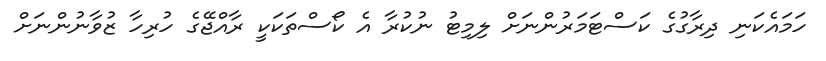
ހަމައެކަނި ދިރާގުގެ ކަސްޓަމަރުންނަށް ލިމިޓު ނުކުރާ އެ ކޯސްތަކަކީ ރާއްޖޭގެ ހުރިހާ ޒުވާނުންނަށް